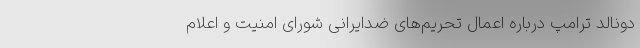
دونالد ترامپ درباره اعمال تحریم‌های ضدایرانی شورای امنیت و اعلام